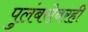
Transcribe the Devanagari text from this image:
पुलंबरोबरही